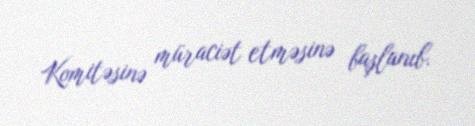
Komitəsinə müraciət etməsinə başlanıb.